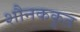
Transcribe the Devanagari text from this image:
शौनककृत